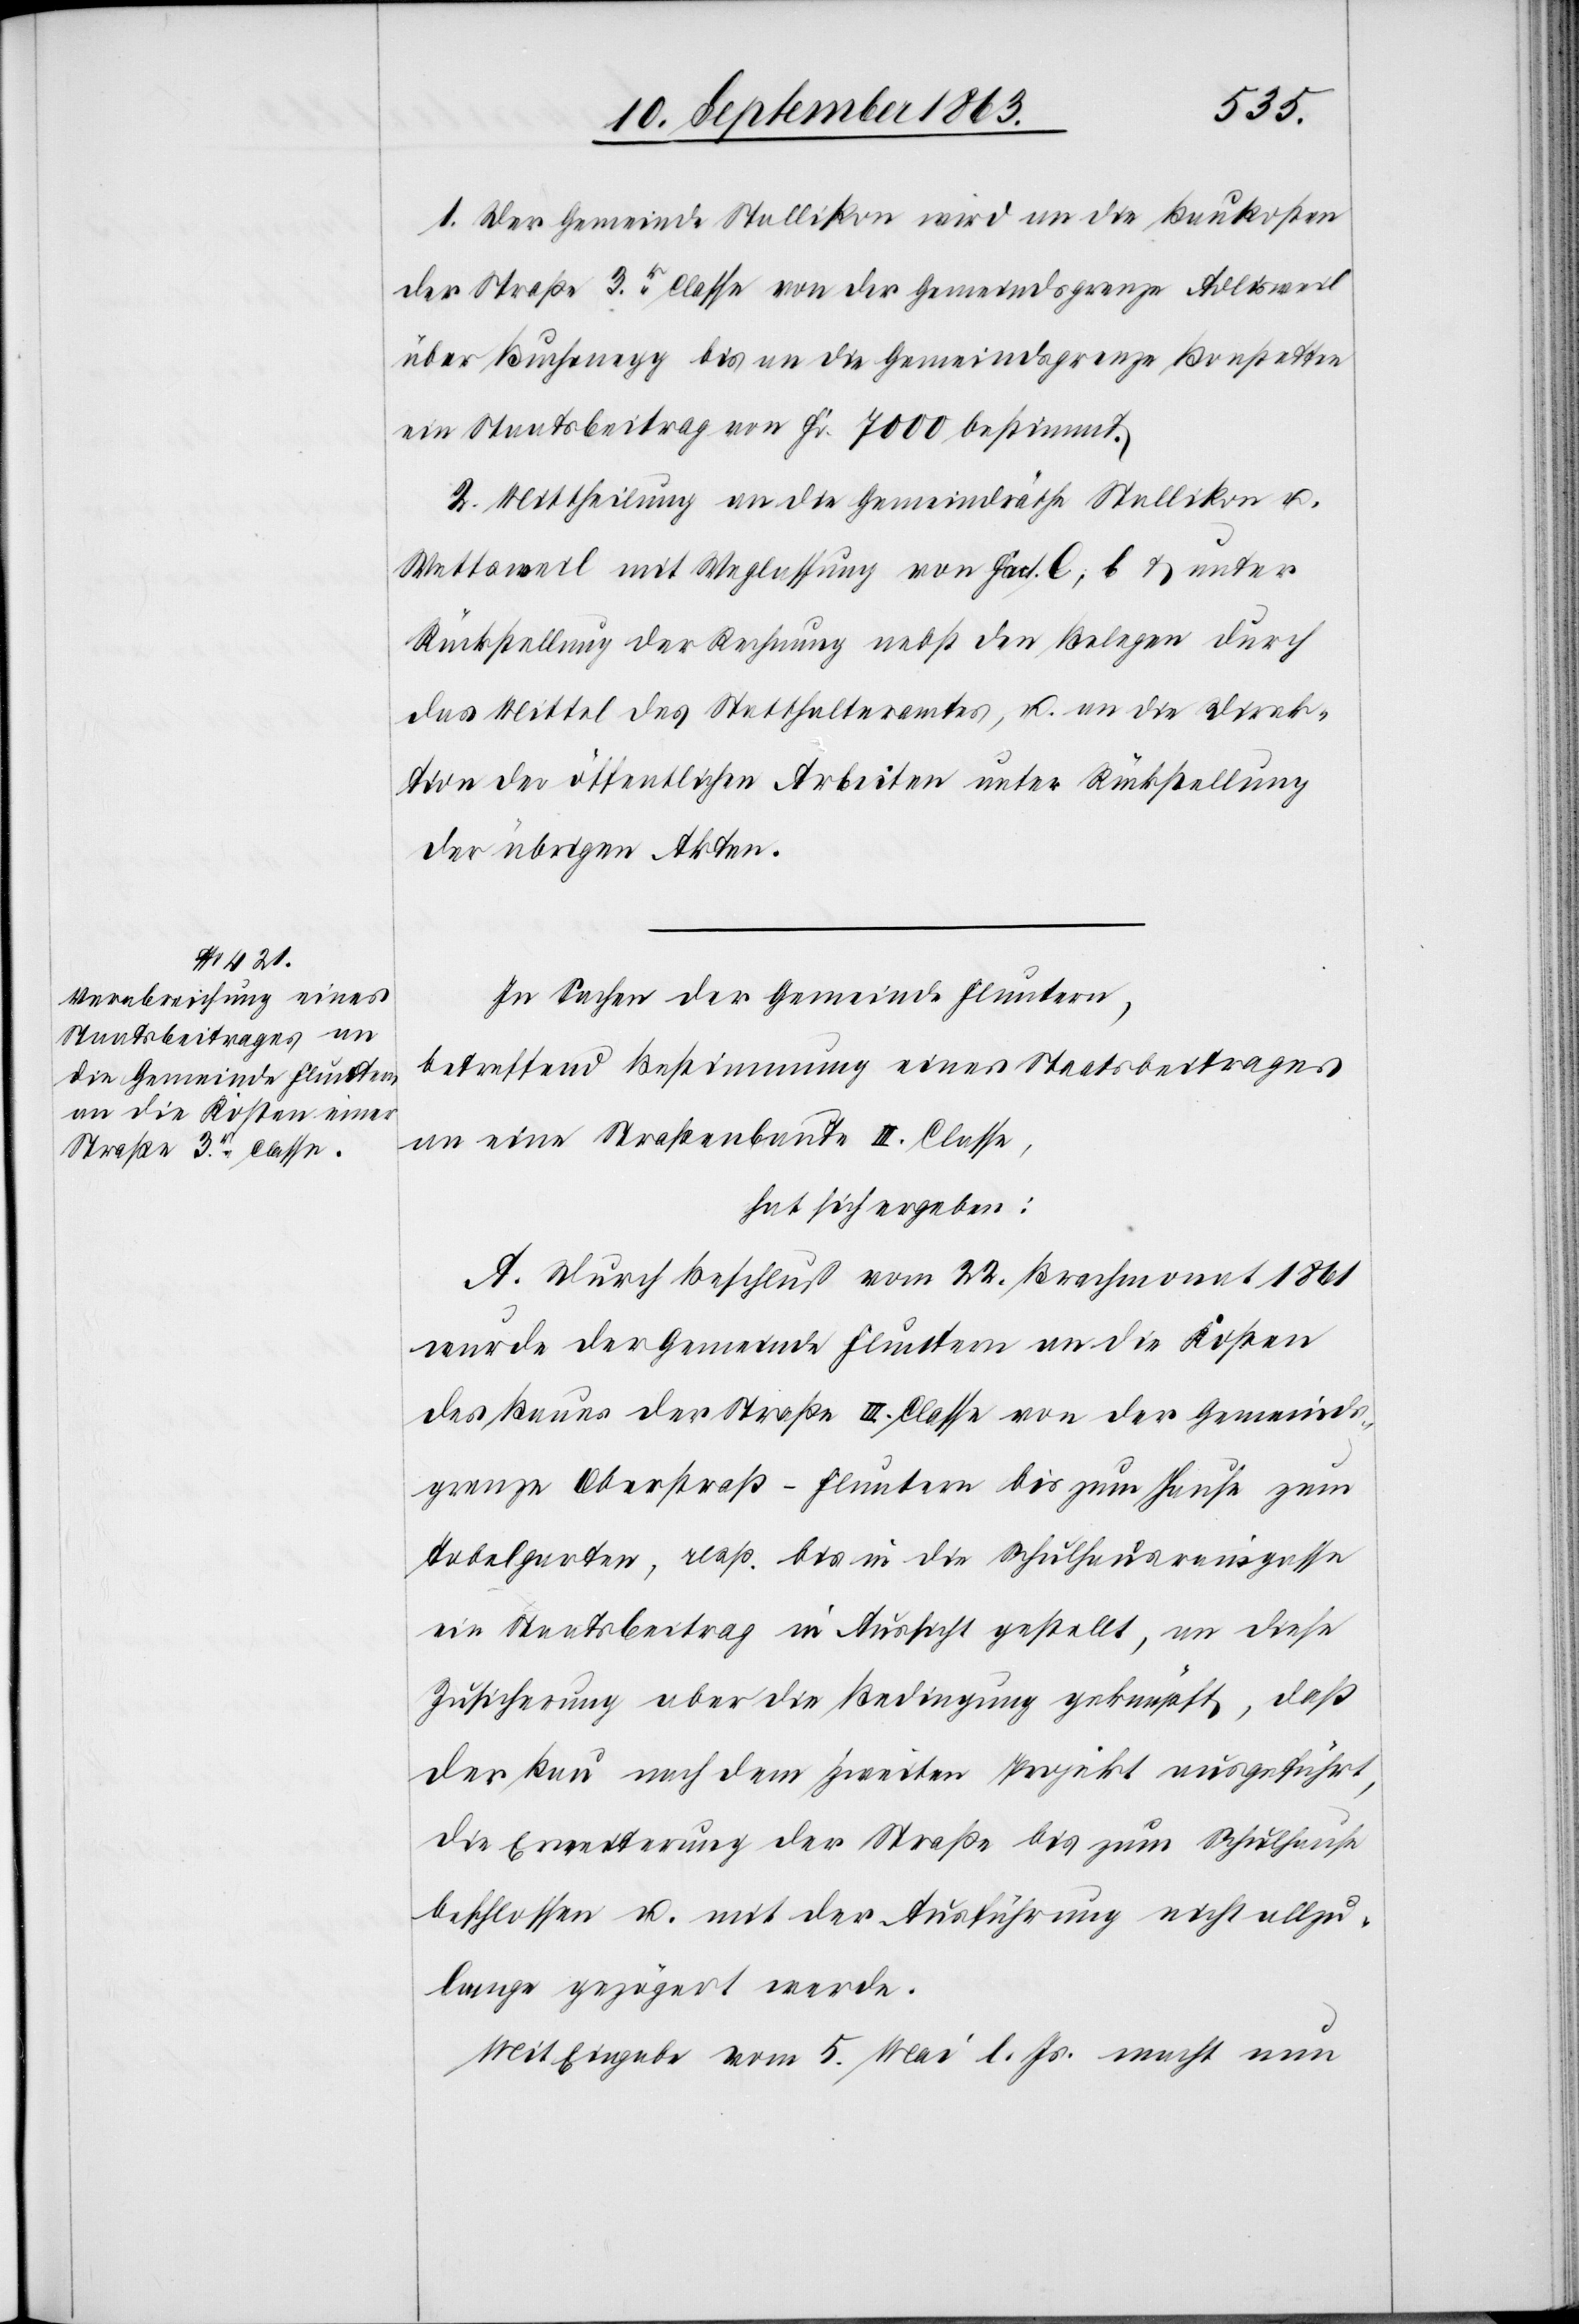
1. Der Gemeinde Stallikon wird an die Baukosten
der Straße 3r. Classe von der Gemeindsgrenze Adlisweil
über Buchenegg bis an die Gemeindsgrenze Bonstetten
ein Staatsbeitrag von Fr. 7000 bestimmt.
2. Mittheilung an die Gemeindräthe Stallikon u.
Wettsweil mit Weglassung von Fact. C, b & unter
Rückstellung der Rechnung nebst den Belegen durch
das Mittel des Statthalteramtes, u. an die Direk¬
tion der öffentlichen Arbeiten unter Rückstellung
der übrigen Akten.
In Sachen der Gemeinde Fluntern,
betreffend Bestimmung eines Staatsbeitrages
an eine Straßenbaute III. Classe,
hat sich ergeben:
A. Durch Beschluß vom 22. Brachmonat 1861
wurde der Gemeinde Fluntern an die Kosten
des Baues der Straße III. Classe von der Gemeinds¬
grenze Oberstraß-Fluntern bis zum Hause zum
Tobelgarten, resp. bis in die Schulhausraingasse
ein Staatsbeitrag in Aussicht gestellt, an diese
Zusicherung aber die Bedingung geknüpft, daß
der Bau nach dem zweiten Projekt ausgeführt,
die Erweiterung der Straße bis zum Schulhause
beschlossen u. mit der Ausführung nicht allzu¬
lange gezögert werde.
Mit Eingabe vom 5. Mai l. Js. macht nun